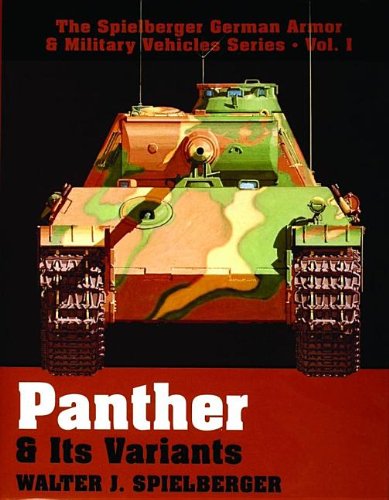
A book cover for Panther & Its Variants  (The Spielberger German Armor & Military Vehicles); Walter J. Spielberger; Engineering & Transportation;